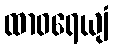
ထာဝရေယျံ